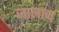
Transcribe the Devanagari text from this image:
जालाचा